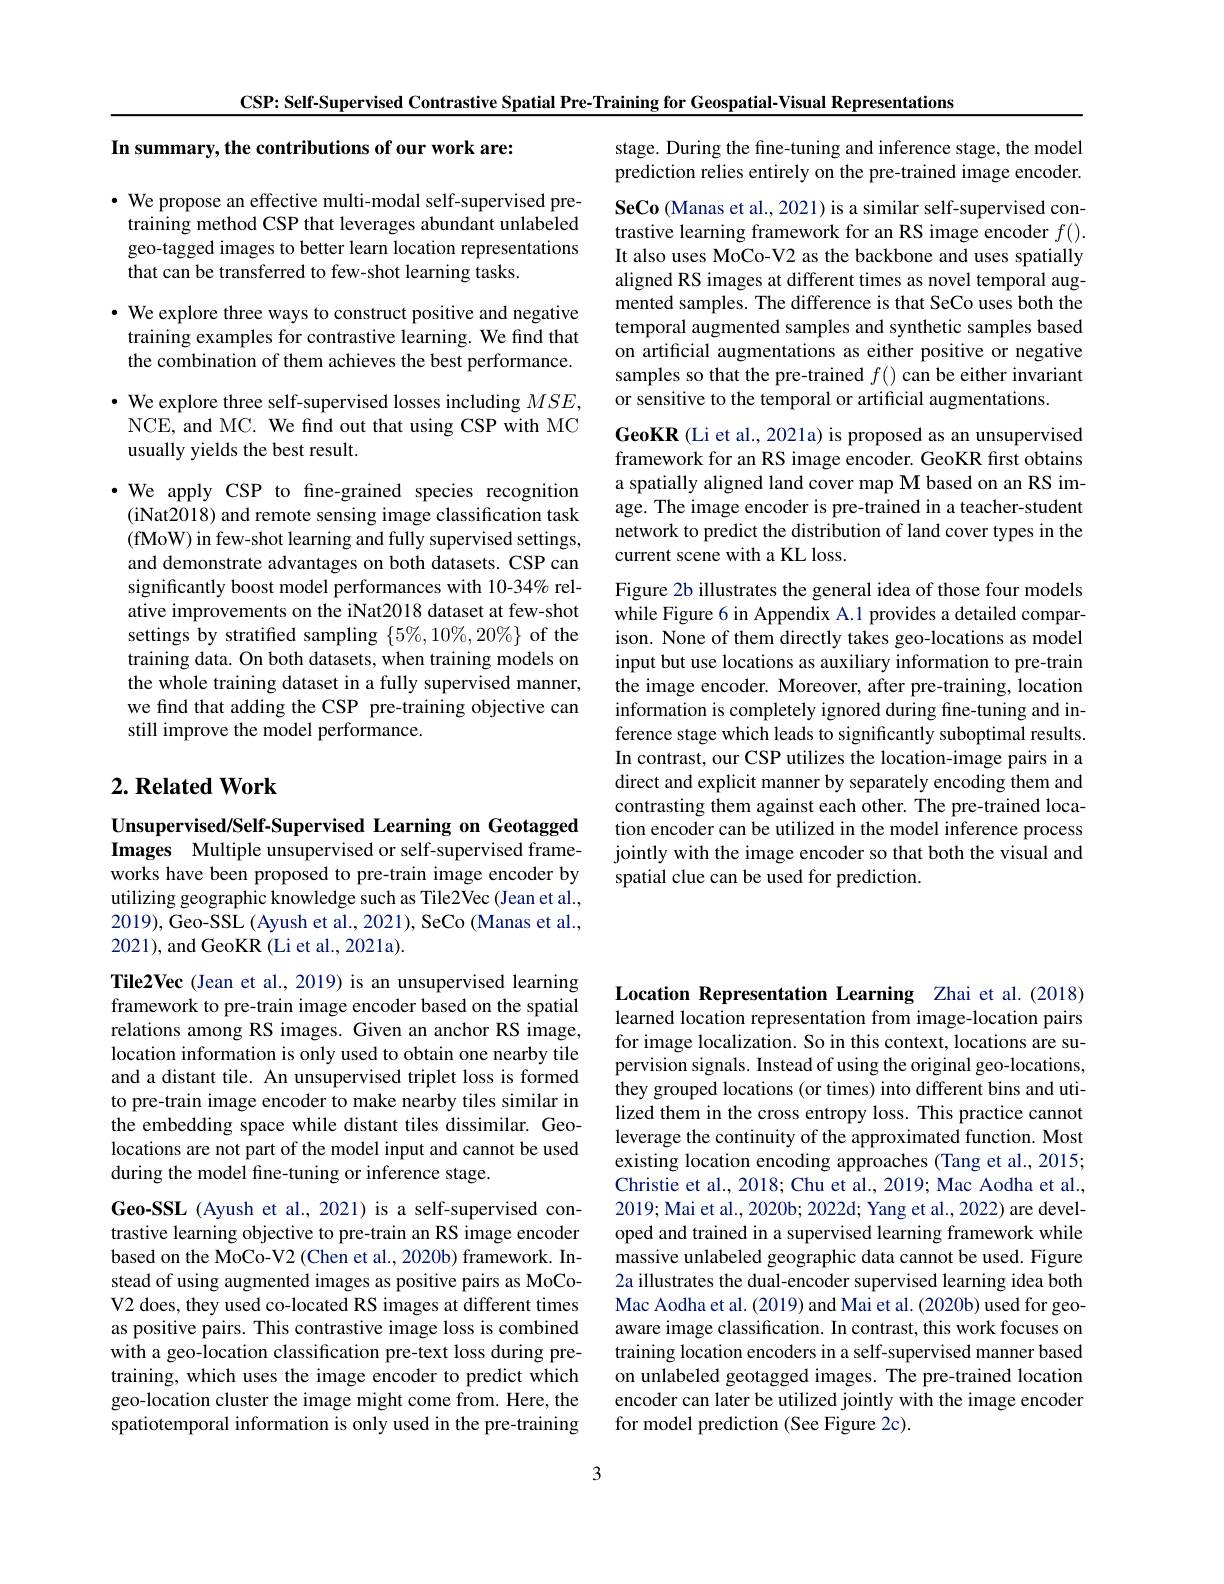
CSP: Self-Supervised Contrastive Spatial Pre-Training for Geospatial-Visual Representations

In summary, the contributions of our work are:

$\cdot$ We propose an effective multi-modal self-supervised pre-
training method CSP that leverages abundant unlabeled geo-tagged images to better learn location representations that can be transferred to few-shot learning tasks.

· We explore three ways to construct positive and negative
training examples for contrastive learning. We find that the combination of them achieves the best performance.

$\bullet$ We explore three self-supervised losses including $MSE$,
NCE, and MC. We find out that using CSP with MC
usually yields the best result.

·We apply CSP to fne-grained species recognition (iNat2018) and remote sensing image classification task (fMoW) in few-shot learning and fully supervised settings, and demonstrate advantages on both datasets. CSP can significantly boost model performances with 10-34% relative improvements on the iNat2018 dataset at few-shot settings by stratified sampling $\{5\%,10\%,20\%\}$ of the training data. On both datasets, when training models on the whole training dataset in a fully supervised manner, we find that adding the CSP pre-training objective can still improve the model performance.

## $2. \textbf{ Related Work}$

Unsupervised/Self-Supervised Learning on Geotagged Images Multiple unsupervised or self-supervised frameworks have been proposed to pre-train image encoder by utilizing geographic knowledge such as Tile2Vec (Jean et al., 2019), Geo-SSL (Ayush et al., 2021), SeCo (Manas et al., 2021), and GeoKR (Li et al., 2021a).

Tile2Vec (Jean et al., 2019) is an unsupervised learning framework to pre-train image encoder based on the spatial relations among RS images. Given an anchor RS image, location information is only used to obtain one nearby tile and a distant tile. An unsupervised triplet loss is formed to pre-train image encoder to make nearby tiles similar in the embedding space while distant tiles dissimilar. Geolocations are not part of the model input and cannot be used during the model fine-tuning or inference stage.

Geo-SSL (Ayush et al., 2021) is a self-supervised contrastive learning objective to pre-train an RS image encoder based on the MoCo-V2 (Chen et al., 2020b) framework. Instead of using augmented images as positive pairs as MoCoV2 does, they used co-located RS images at different times as positive pairs. This contrastive image loss is combined with a geo-location classification pre-text loss during pretraining, which uses the image encoder to predict which geo-location cluster the image might come from. Here, the spatiotemporal information is only used in the pre-training

stage. During the fine-tuning and inference stage, the model prediction relies entirely on the pre-trained image encoder.

SeCo (Manas et al., 2021) is a similar self-supervised contrastive learning framework for an RS image encoder $f().$ It also uses MoCo-V2 as the backbone and uses spatially aligned RS images at different times as novel temporal augmented samples. The difference is that SeCo uses both the temporal augmented samples and synthetic samples based on artificial augmentations as either positive or negative samples so that the pre-trained $f()$ can be either invariant or sensitive to the temporal or artificial augmentations

GeoKR (Li et al., 2021a) is proposed as an unsupervised framework for an RS image encoder. GeoKR first obtains a spatially aligned land cover map M based on an RS image. The image encoder is pre-trained in a teacher-student network to predict the distribution of land cover types in the current scene with a KL loss.

Figure 2b illustrates the general idea of those four models while Figure 6 in Appendix A.1 provides a detailed comparison. None of them directly takes geo-locations as model input but use locations as auxiliary information to pre-train the image encoder. Moreover, after pre-training, location information is completely ignored during fine-tuning and inference stage which leads to significantly suboptimal results In contrast, our CSP utilizes the location-image pairs in a direct and explicit manner by separately encoding them and contrasting them against each other. The pre-trained location encoder can be utilized in the model inference process jointly with the image encoder so that both the visual and spatial clue can be used for prediction.

Location Representation Learning Zhai et al.(2018) learned location representation from image-location pairs for image localization. So in this context, locations are supervision signals. Instead of using the original geo-locations, they grouped locations (or times) into different bins and utilized them in the cross entropy loss. This practice cannot leverage the continuity of the approximated function. Most existing location encoding approaches (Tang et al., 2015; Christie et al., 2018; Chu et al., 2019; Mac Aodha et al., 2019; Mai et al., 2020b; 2022d; Yang et al., 2022) are developed and trained in a supervised learning framework while massive unlabeled geographic data cannot be used. Figure 2a illustrates the dual-encoder supervised learning idea both Mac Aodha et al. (2019) and Mai et al. (2020b) used for geoaware image classification. In contrast, this work focuses on training location encoders in a self-supervised manner based on unlabeled geotagged images. The pre-trained location encoder can later be utilized jointly with the image encoder for model prediction (See Figure 2c).

3